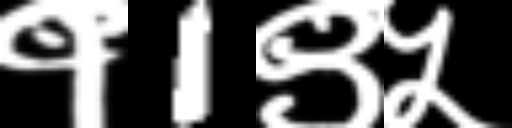
Text: १1९५